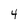
Character: 4